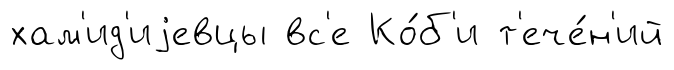
хам'ид'иjевцы вс'е Ко́б'и т'ече́н'ий